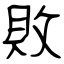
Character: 敗